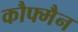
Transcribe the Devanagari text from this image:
कौफ्मैन